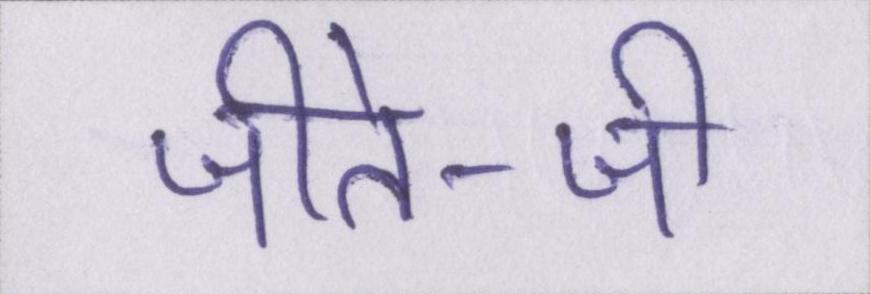
जीते-जी